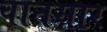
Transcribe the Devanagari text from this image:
वातसार